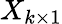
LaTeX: X_{k\times 1}